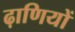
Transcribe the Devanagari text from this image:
ढ़ाणियों